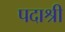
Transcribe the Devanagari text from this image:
पदाश्री